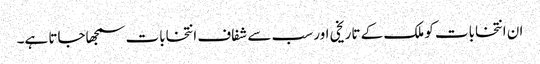
ان انتخابات کو ملک کے تاریخی اور سب سے شفاف انتخابات سمجھاجاتا ہے۔